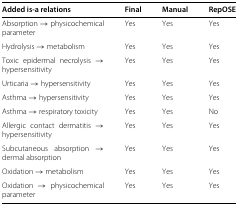
<table><thead><tr><td><b>Added is-a relations</b></td><td><b>Final</b></td><td><b>Manual</b></td><td><b>RepOSE</b></td></tr></thead><tbody><tr><td>Absorption → physicochemical parameter</td><td>Yes</td><td>Yes</td><td>Yes</td></tr><tr><td>Hydrolysis → metabolism</td><td>Yes</td><td>Yes</td><td>Yes</td></tr><tr><td>Toxic epidermal necrolysis → hypersensitivity</td><td>Yes</td><td>Yes</td><td>Yes</td></tr><tr><td>Urticaria → hypersensitivity</td><td>Yes</td><td>Yes</td><td>Yes</td></tr><tr><td>Asthma → hypersensitivity</td><td>Yes</td><td>Yes</td><td>Yes</td></tr><tr><td>Asthma → respiratory toxicity</td><td>Yes</td><td>Yes</td><td>No</td></tr><tr><td>Allergic contact dermatitis → hypersensitivity</td><td>Yes</td><td>Yes</td><td>Yes</td></tr><tr><td>Subcutaneous absorption → dermal absorption</td><td>Yes</td><td>Yes</td><td>Yes</td></tr><tr><td>Oxidation → metabolism</td><td>Yes</td><td>Yes</td><td>Yes</td></tr><tr><td>Oxidation → physicochemical parameter</td><td>Yes</td><td>Yes</td><td>Yes</td></tr></tbody></table>